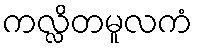
ကလ္လိတမူလကံ